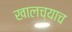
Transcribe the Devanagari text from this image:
खालच्याच